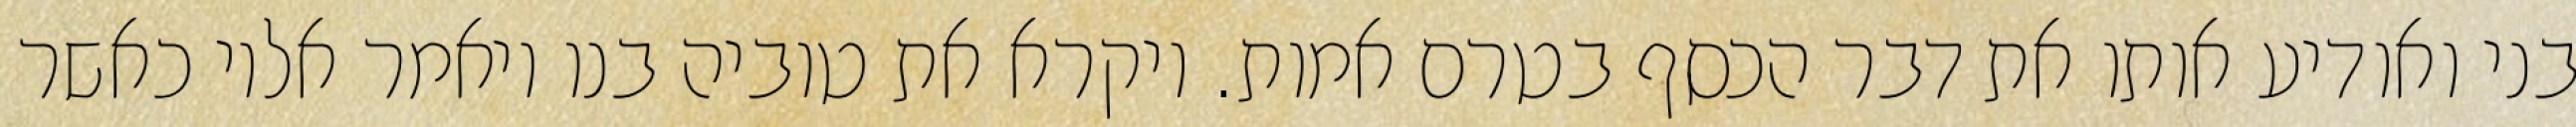
בני ואודיע אותו את דבר הכסף בטרם אמות. ויקרא את טוביה בנו ויאמר אליו כאשר